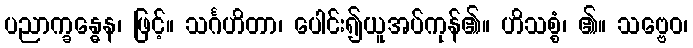
ပညာက္ခန္ဓေန၊ ဖြင့်။ သင်္ဂဟိတာ၊ ပေါင်း၍ယူအပ်ကုန်၏။ ဟိသစ္စံ၊ ၏။ သဗ္ဗေဝ၊